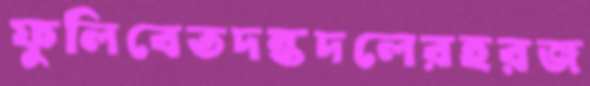
ফুলিবেতদন্তদলেরহরজ